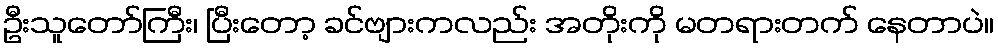
ဦးသူတော်ကြီး၊ ပြီးတော့ ခင်ဗျားကလည်း အတိုးကို မတရားတက် နေတာပဲ။